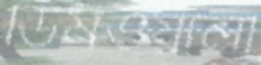
ডিমওয়ালী